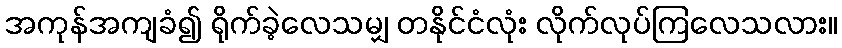
အကုန်အကျခံ၍ ရိုက်ခဲ့လေသမျှ တနိုင်ငံလုံး လိုက်လုပ်ကြလေသလား။